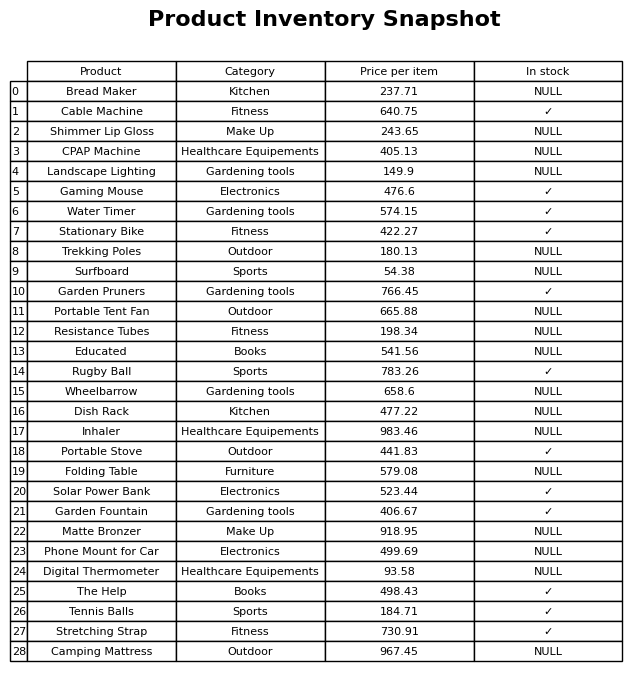
question: What is the price of the Garden Fountain?
answer: The price of Garden Fountain is 406.67.